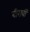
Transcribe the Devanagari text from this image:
बीसवीँ